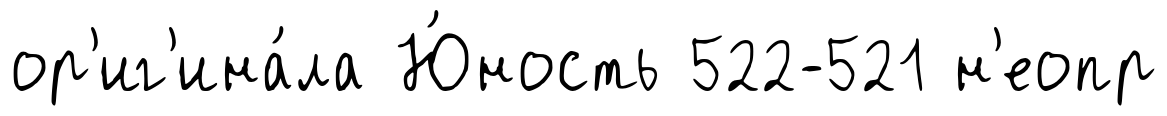
ор'иг'ина́ла Ю́ность 522-521 н'еопр